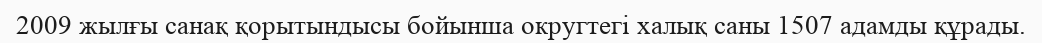
2009 жылғы санақ қорытындысы бойынша округтегі халық саны 1507 адамды құрады.